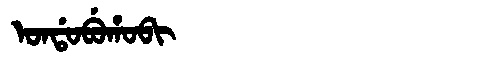
Manchu: ᠣᠨᡩᠣᠪᡠᡥᠣᠪᡳ
Romanization: ONDOBUHOBI